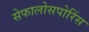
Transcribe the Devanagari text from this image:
सेफालोसपोरिंस